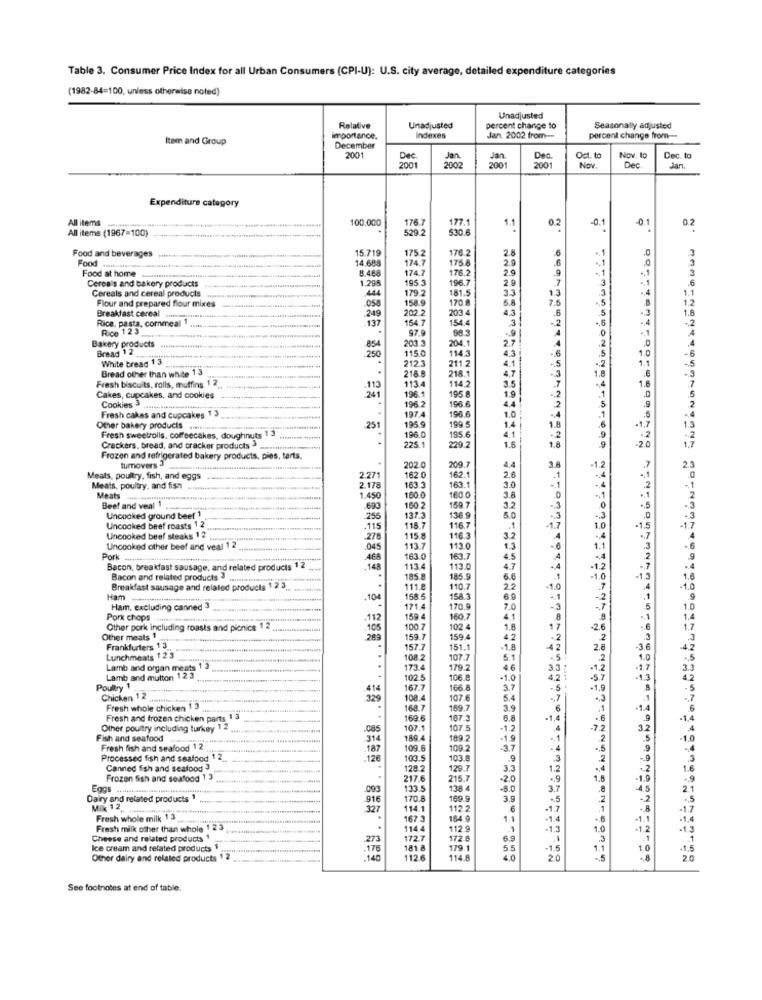
Table 3. Consumer Price Index for all Urban Consumers (CPI-U): U.S. city average, detailed expenditure categories
(1982-84=100, unless otherwise noted)
Unadjusted
Relative
Unadjusted
percent change to
Seasonally adjusted
Item and Group
importance.
indexes
Jan. 2002 from-
percent change from-
December
ver
2001
Dec.
Dec.
Oct. to
Nov. to
Dec. to
2001
2002
2001
2001
Nov.
Dec.
Jan.
Expenditure category
All items
100.000
All items (1967=100)
629 2
176.7
$30.
177.
1.1
0.2
-0.1
0.1
0.2
175.2
176.2
.6
.0
Food and beverages
Food
15.719
14.68
174.7
175.8
2.
2.9
Food at home
29
Cereals and bakery products
8.488
174.7
195.3
176.2
2.9
3
1.295
179.2
196.
13
3
1.1
Cereals and cereal products
Flour and prepared flour mixes
441
158.9
181.5
170. 8
33
8
Breakfast cereal
.058
.249
202.2
203
5.8
4.3
.137
3
Rice, pasta, cornmeal
Rice 123
154.7
97.
1544
98.3
1
2.7
Bakery products
Bread 12
.854
250
203.3
115.0
204.1
4.3
-6
1.0
White bread 1 3
2123
114.3
-. 5
1.1
Bread other than white 13
218.8
211.2
218.1
4.7
.6
Fresh biscuits, rolls, muffins 1 2
1134
114.2
1.6
3.5
Cakes, cupcakes, and cookies
Cookies 3
196.1
195 8
1.9
44
196.2
196.
2
Fresh cakes and cupcakes 1 3
197.4
196.6
1.0
1.4
.1.7
5
Other bakery products
25
195
199.5
1.3
Fresh sweetrolls, coffeecakes, doughnuts 1 3
. doughnuts 1
196.0
195.
4.1
1.6
.2.0
1.7
-2
Crackers, bread, and cracker products3
225.1
229.2
Frozen and refrigerated bakery products, pies, tarts.
turnovers 3
209.7
4.4
202 0
2.3
Meats, poultry, fish, and egg
2.271
162 0
162.
163.
2.6
+,1
.0
Meats, poultry, and fish .......
2.178
163.3
30
2
Meats
1.450
160.0
160.0
2
Beef and veal 1
.690
160.2
159.7
32
0
Uncooked ground beef 1
255
137.3
136 9
50
Uncooked beef roasts 1 2
.115
118.7
116.7
.1
1.0
-1.7
Uncooked beef steaks 12
278
115.8
116.3
3.2
4
4
Uncooked other beef and veal 12
.045
113.7
113.0
13
1.1
3
.. 6
Pork ...........
468
163.0
163.7
4.5
9
Bacon, breakfast sausage, and related products 1 2
113.4
113.0
4.7
Bacon and related products
185.8
185.9
6.6
-1.0
-1.3
1.6
Breakfast sausage and related products 1 2 3
111.8
110.7
22
7
-1.0
Ham
.104
158.5
158.3
6.9
Ham, excluding canned 3
171.4
170.9
7.0
5
1.0
Pork chops
.112
159.4
160.7
4.1
1.4
Other pork including roasts and picnics 1 2
105
100.7
102
1.8
-2.6
1.7
Other meats 1
289
159.7
159
42
2
Frankfurters 13.
157.7
151.
-1.8
2.8
3.6
Lunchmeats 1 23
108.2
107.
5.1
1.0
Lamb and organ meats 1
173.4
179.2
46
-1.7
33
Lamb and mutton 12 3
..
102 5
106.
-1.0
Poultry 1
414
167.7
166.
3.7
Chicken 12
108.4
107.6
5.4
Fresh whole chicken 1 3
168.7
169.7
39
Fresh and frozen chicken parts 1 3
169.6
167
6.8
-1,4
9
Other poultry including turkey 1 2
107
107.5
-1.2
-7
3.2
Fish and seafood
314
189.4
189 2
-1.9
2
-1.0
Fresh fish and seafood 12
.187
109.
109.
-3.7
9
-4
Processed fish and seafood 12
.12€
103.5
103.8
.2
-9
Canned fish and seafood3
128.2
129.7
3.3
1.2
.. 2
1.6
Frozen fish and seafood 1 3
217.6
215.7
2.0
., 9
1.5
-1.9
., 9
Eggs ......
.093
133.5
138.4
-8.0
3.7
45
2.
Dairy and related products
916
170.8
169.
3.9
., 5
.2
-2
.. 5
Mix 12,
327
114.1
112.2
6
-. 8
-1.7
Fresh whole milk 13
167.3
164 9
1.1
1.4
-1.4
Fresh milk other than whole "
123
1144
112.º
-1.3
1.0
-1.2
Cheese and related products 1
273
172.7
172
6.9
.3
.1
Ice cream and related products 1
.175
181.8
179.1
5.5
1.5
1.1
1.0
-1,5
Other dairy and related products
112.6
114.A
4.0
2.0
See footnotes at end of table.